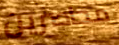
محاصرين